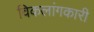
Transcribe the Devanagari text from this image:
विकलांगकारी